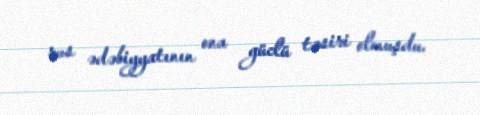
rus ədəbiyyatının ona güclü təsiri olmuşdu.